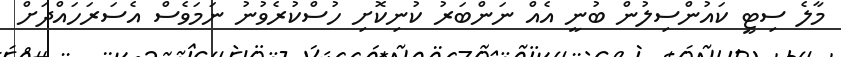
މާލެ ސިޓީ ކައުންސިލުން ބުނީ އެއް ނަންބަރު ކުނިކޮށި ހުސްކުރެވުނު ނަމަވެސް އެސަރަހައްދަށް